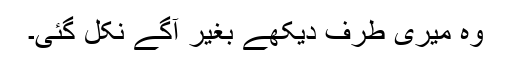
وہ میری طرف دیکھے بغیر آگے نکل گئی۔